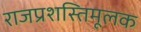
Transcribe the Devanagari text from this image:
राजप्रशस्तिमूलक